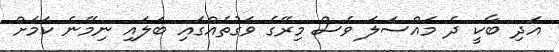
އަދި ބާކީ ދެ މައްސަލަ ވެސް މިރޭގެ ވަގުތެއްގައި ބަލައި ނިމޭނެ ކަމަށް